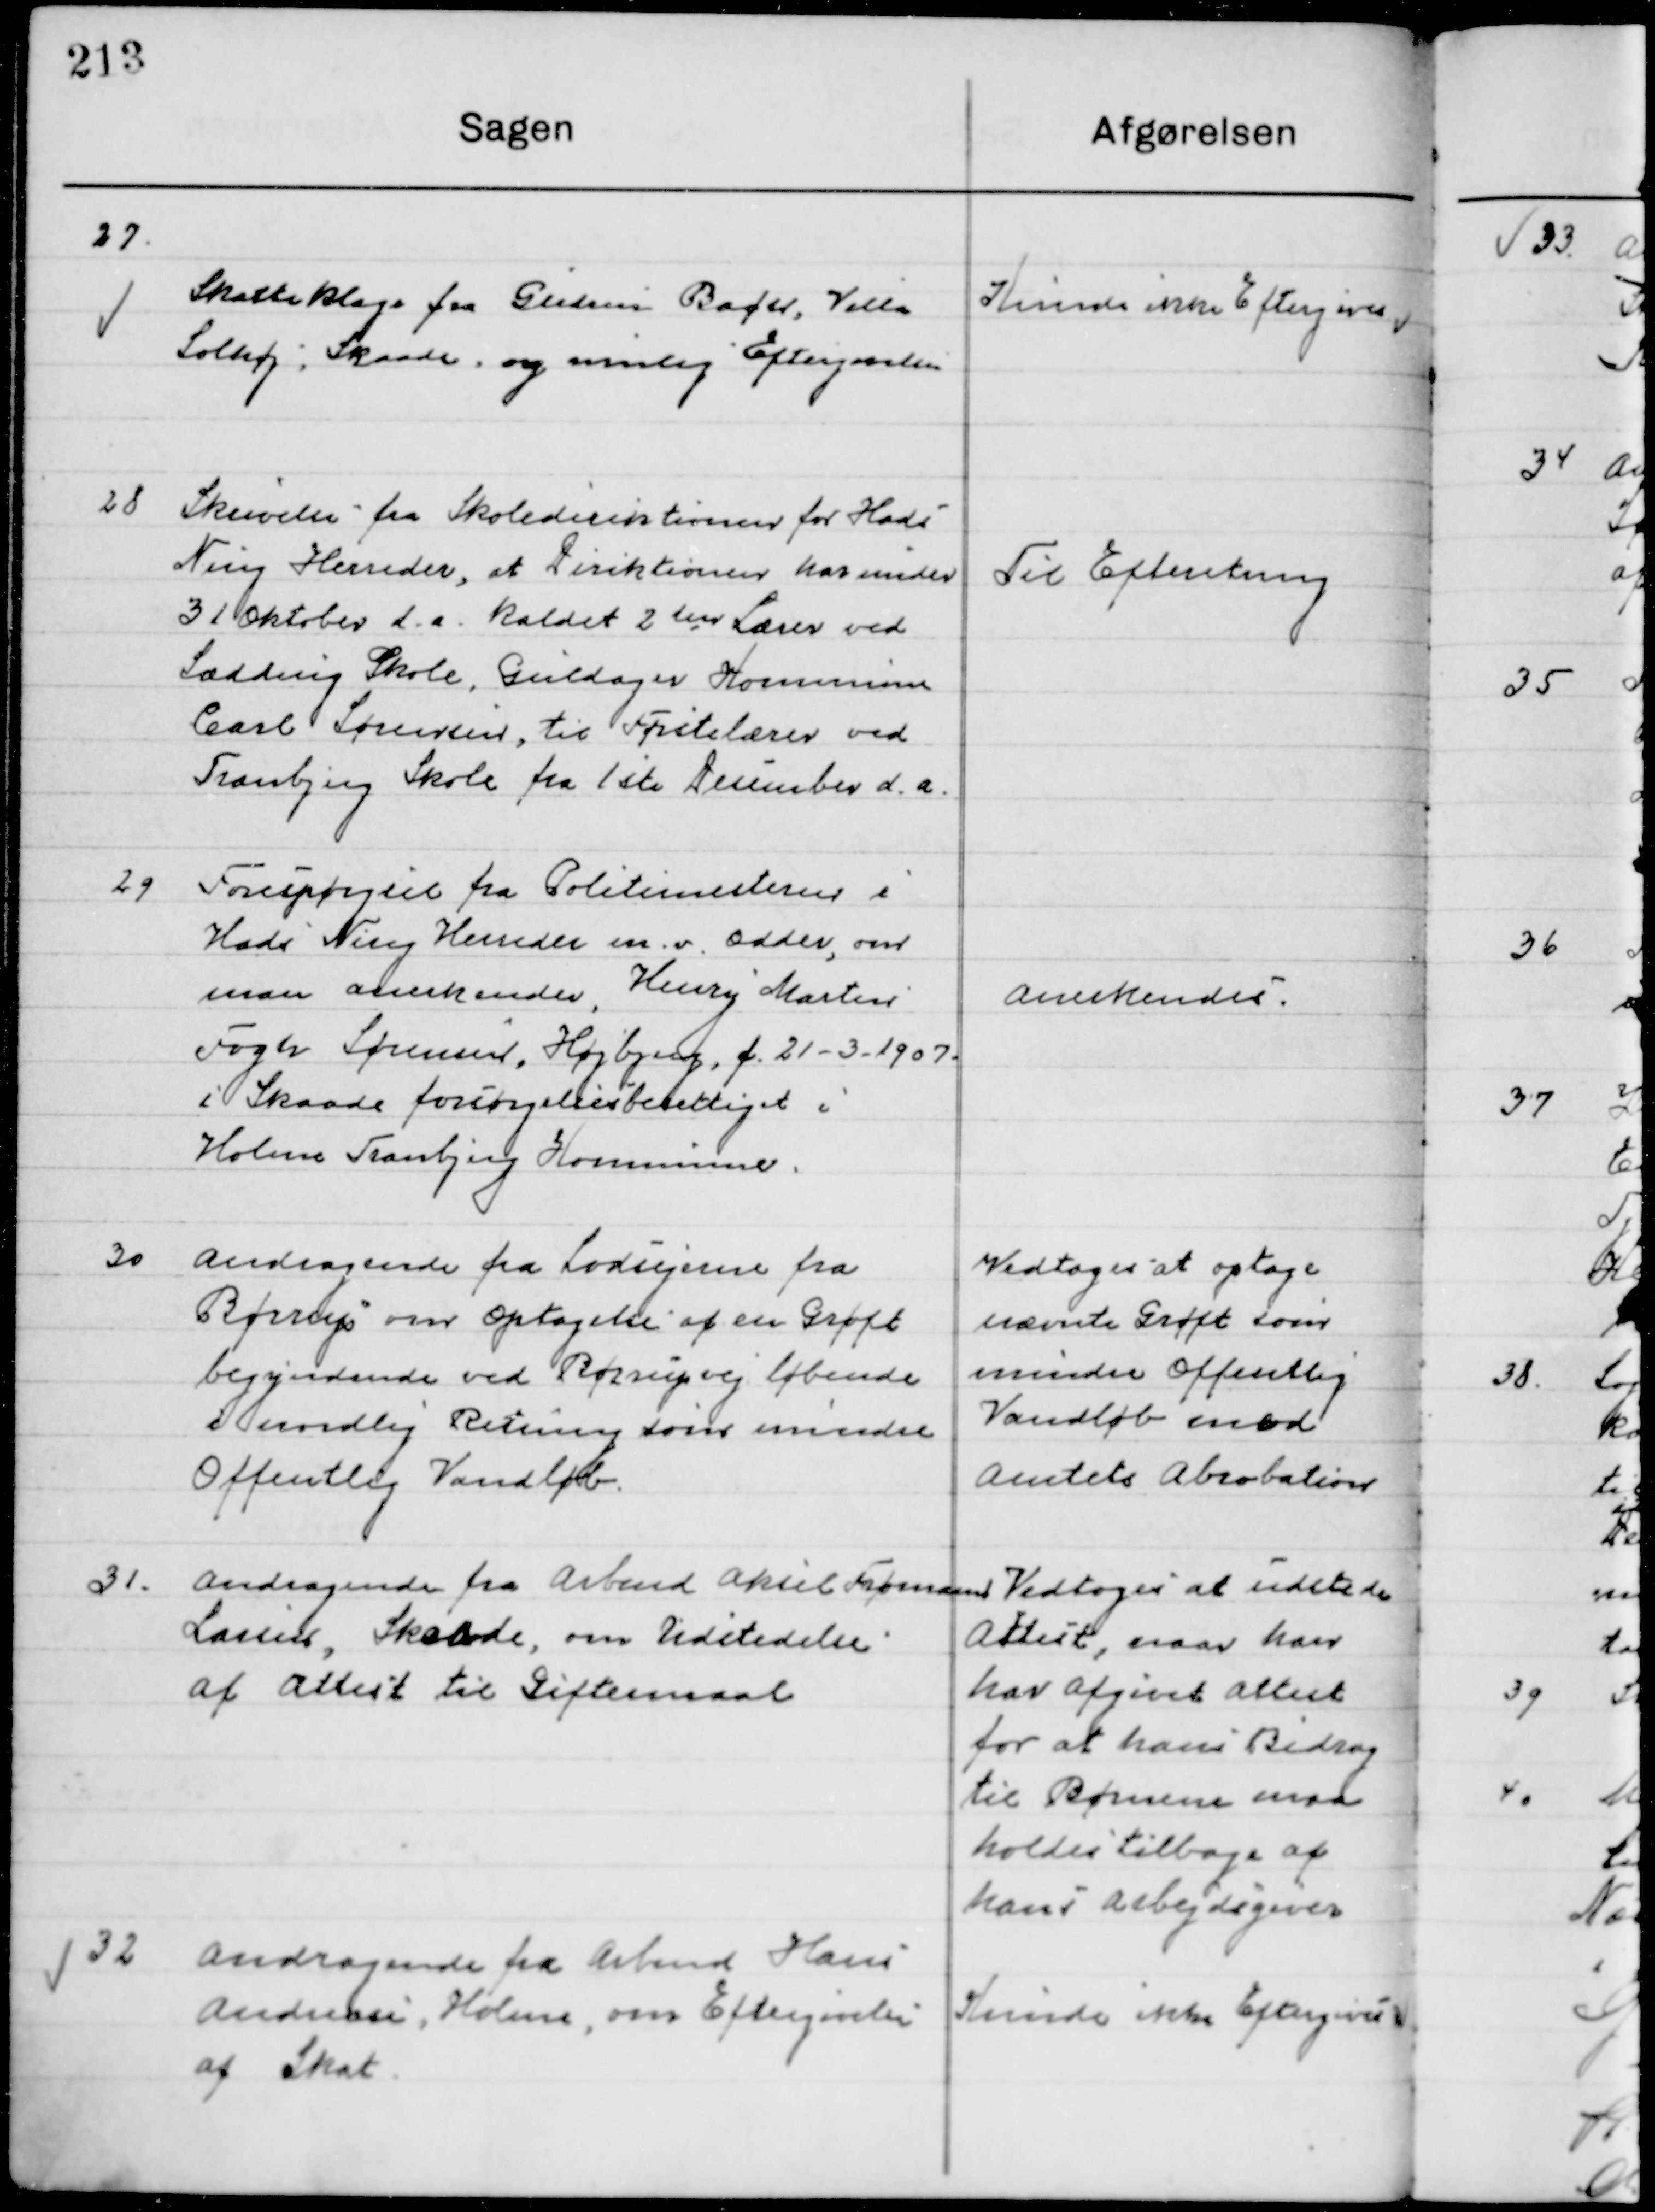
Transskription:
27

Skatteklage fra Gunnar Baøer, Villa 
Solhøj, Skaade og rimlig Eftergivelse

Kunde ikke Eftergives

28

Skrivelse fra Skoledirektøren for Hads
Ning Herreders et Direktionen har midler
31 Oktober d. a. kaldet 2den lærer ved
Sædding Skole Guldager Kommune
Carl Sørensen, til Førstelærer ved
Tranbjerg Skole fra 1ste December d. a.

Til Efterretning

29

Forespørgsel fra Politimesteren i
Hads Ning Herreders m.v. Odder om
man anerkender, Henry Martin
Fogh Sørensen, Højberg, f. 21-3-1907.
i Skaade forsørgelsesberettiget i 
Holme Tranbjerg Kommune.

Anerkendes

30

Andragende fra Lodsejerne fra
Børrup over optagelse af en Grøft
Begyndende ved Børrupvej løbende 
I nordlig Retning som mindre
Offentlig Vandløb.

Vedtoges at optage
Nævnte Grøft som
Mindre Offentlig
Vandløb mod
Amtets Abrobation

31

Andragende fra Arbmd. Aksel Frømand
Lassen, Skaade, om Udsættelse 
af Attest til Giftemaal

Vedtoges at udsætte
Attest, naar han
har afgivet attest
for at hans Bidrag
til børnene maa
holdes tilbage af 
hans arbejdsgivere

32

Andragende fra Arbmd. Hans
Andersen, Holme, om Eftergivelse 
af Skat.

Kunde ikke Eftergives